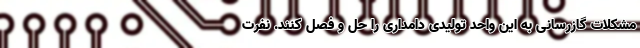
مشکلات گازرسانی به این واحد تولیدی دامداری را حل و فصل کنند. نفرت